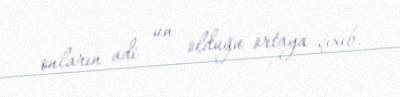
onların adi un olduğu ortaya çıxıb.